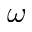
\boldsymbol { \omega }